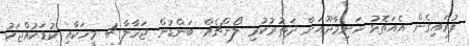
ފުރައިގެން އެއަތޮޅު ހަނިމާދޫއަށް ދަތުރުކުރި ލޯންޗެއް ބަންޑުން ޖަހާލާ 4 މީހަކާއި ކުޑަކުއްޖަކު